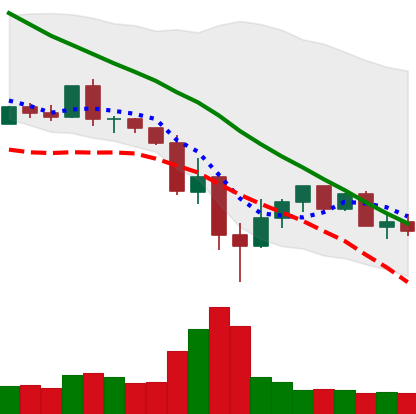
Ticker: XLM-USD
Chart end date: 2022-05-20
Forward return: 4.111%
Label: up_3_5